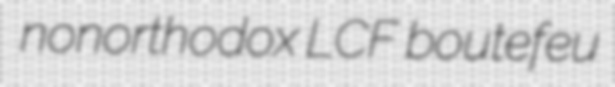
nonorthodox LCF boutefeu